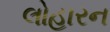
લોહારન